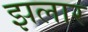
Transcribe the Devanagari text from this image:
झलार